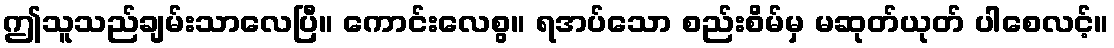
ဤသူသည်ချမ်းသာလေပြီ။ ကောင်းလေစွ။ ရအပ်သော စည်းစိမ်မှ မဆုတ်ယုတ် ပါစေလင့်။